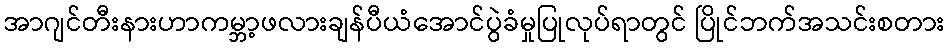
အာဂျင်တီးနားဟာကမ္ဘာ့ဖလားချန်ပီယံအောင်ပွဲခံမှုပြုလုပ်ရာတွင် ပြိုင်ဘက်အသင်းစတား